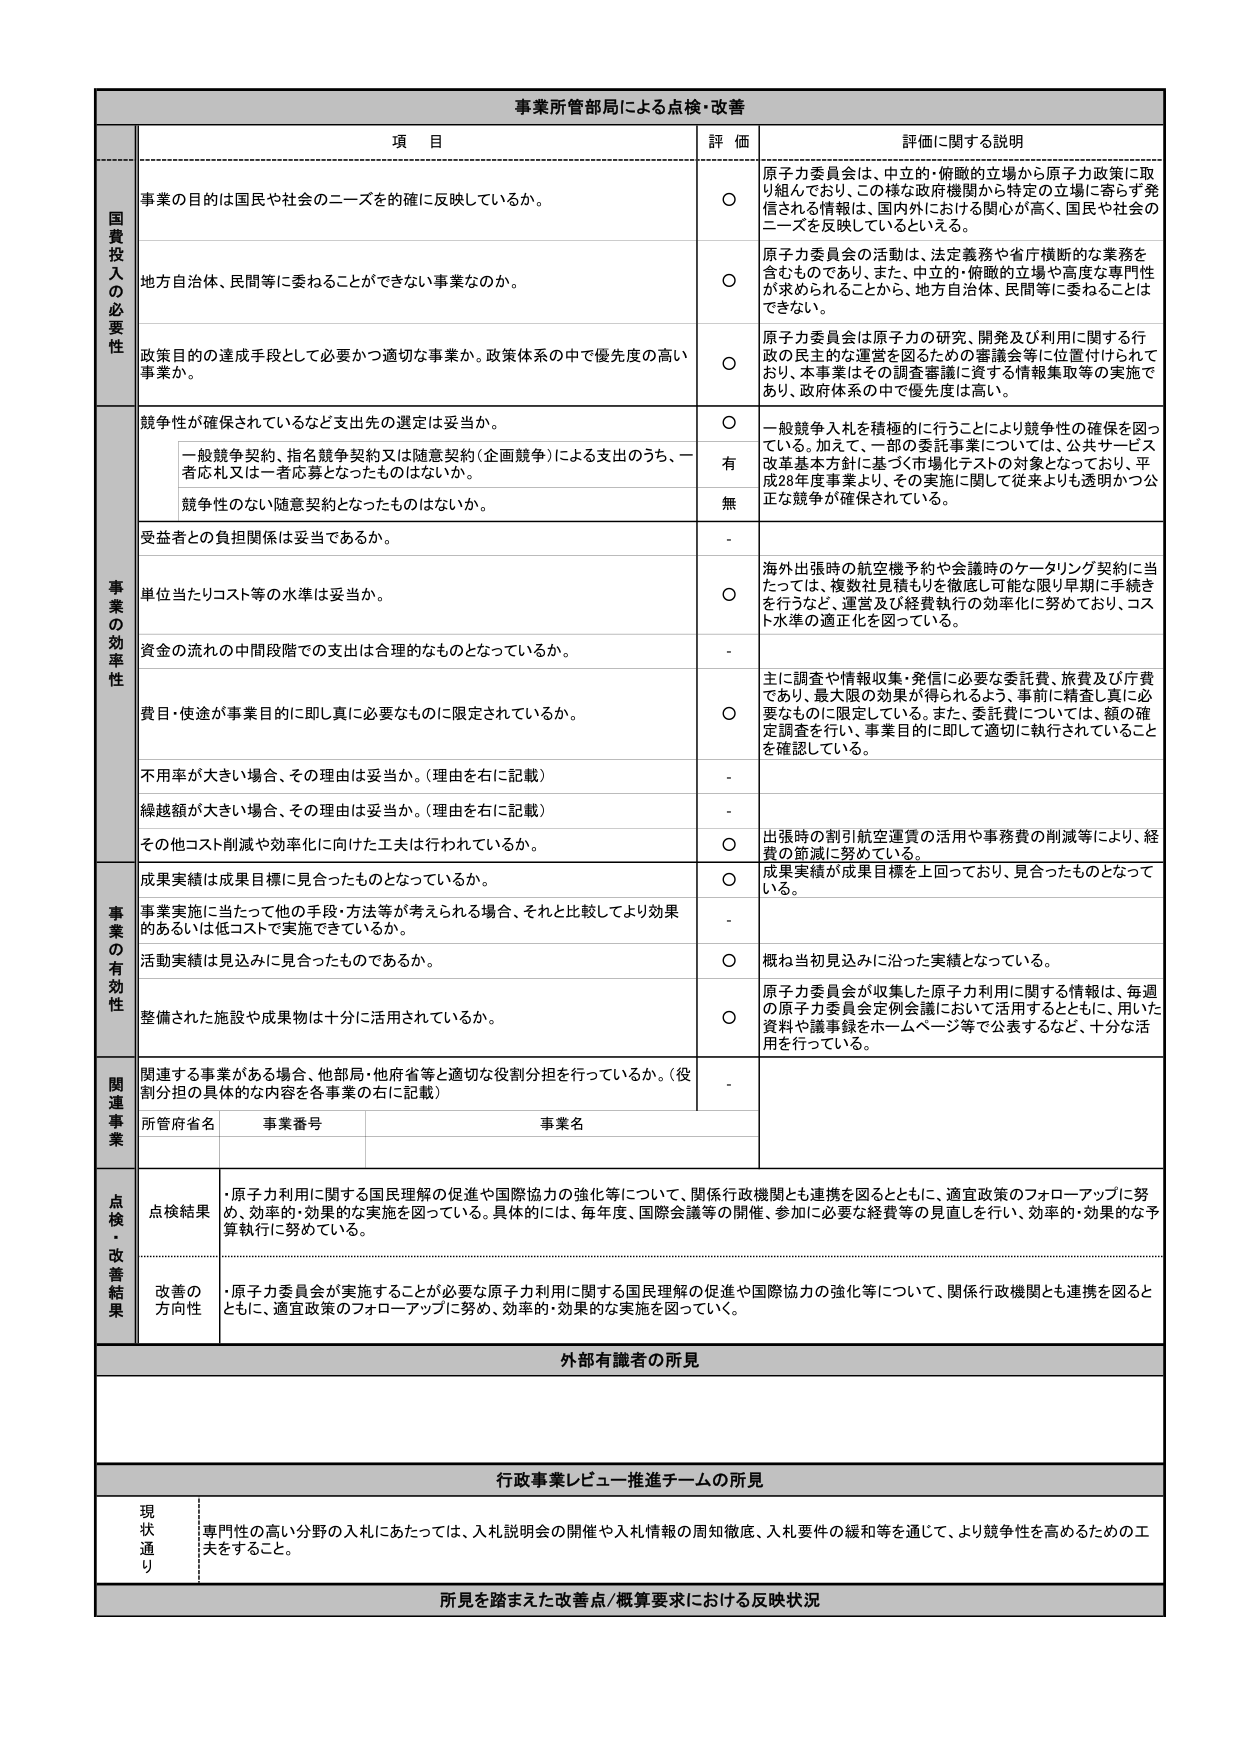
事業所管部局による点検・改善

項 目 評 価 評価に関する説明

国費投入の必要性
事業の目的は国民や社会のニーズを確に反映しているか。
○ 原子力委員会は、中立的・俯瞰的立場から原子力政策に取り組んでおり、この様な政府機関から特定の立場に寄らず発信される情報は、国内外における関心が高く、国民や社会のニーズを反映しているといえる。

地方自治体、民間等に委ねることができない事業なのか。
○ 原子力委員会の活動は、法定義務や省庁横断的な業務を含むものであり、また、中立的・俯瞰的立場や高度な専門性が求められることから、地方自治体、民間等に委ねることはできない。

政策目的の達成手段として必要かつ適切な事業か。政策体系の中で優先度の高い事業か。
○ 原子力委員会は原子力の研究、開発及び利用に関する行政の民主的な運営を図るための審議会等に位置付けられており、本事業はその調査審議に資する情報集取等の実施であり、政府体系の中で優先度は高い。

事業の効率性
競争性が確保されているなど支出先の選定は妥当か。
○ 一般競争入札を積極的に行うことにより競争性の確保を図っている。加えて、一部の委託事業については、公共サービス改革基本方針に基づく市場化テストの対象となっており、平成28年度事業より、その実施に関して従来よりも透明かつ公正な競争が確保されている。
一般競争契約、指名競争契約又は随意契約（企画競争）による支出のうち、一者応札又は一者応募となっているものはないか。
有
競争性のない随意契約となったものはないか。
無

受益者との負担関係は妥当であるか。
- 海外出張時の航空機予約や会議時のケータリング契約に当たっては、複数社見積もりを徹底し可能な限り早期に手続きを行うなど、運営及び経費執行の効率化に努めており、コスト水準の適正化を図っている。

単位当たりコスト等の水準は妥当か。
○

資金の流れの中間段階での支出は合理的なものとなっているか。
- 主に調査や情報収集・発信に必要な委託費、旅費及び庁費であり、最大限の効果が得られるよう、事前に精査し真に必要なものに限定している。また、委託費については、額の確定調査を行い、事業目的に即して適切に執行されていることを確認している。

費目・使途が事業目的に即し真に必要なものに限定されているか。
○

不用率が大きい場合、その理由は妥当か。（理由を右に記載）
-

繰越額が大きい場合、その理由は妥当か。（理由を右に記載）
-

その他コスト削減や効率化に向けた工夫は行われているか。
○ 出張時の割引航空運賃の活用や事務費の削減等により、経費の節減に努めている。

事業の有効性
成果実績は成果目標に見合ったものとなっているか。
○ 成果実績が成果目標を上回っており、見合ったものとなっている。

事業実施に当たって他の手段・方法等が考えられる場合、それと比較してより効果的あるいは低コストで実施できているか。
-

活動実績は見込みに見合ったものであるか。
○ 概ね当初見込みに沿った実績となっている。

整備された施設や成果物は十分に活用されているか。
○ 原子力委員会が収集した原子力利用に関する情報は、毎週の原子力委員会定例会議において活用するとともに、用いた資料や議事録をホームページ等で公表するなど、十分な活用を行っている。

関連事業
関連する事業がある場合、他部局・他府省等と適切な役割分担を行っているか。（役割分担の具体的な内容を各事業の右に記載）
-

所管府省名 事業番号 事業名

点検・改善結果
点検結果
・原子力利用に関する国民理解の促進や国際協力の強化等について、関係行政機関とも連携を図るとともに、適宜政策のフォローアップに努め、効率的・効果的な実施を図っている。具体的には、毎年度、国際会議等の開催、参加に必要な経費等の見直しを行い、効率的・効果的な予算執行に努めている。

改善の方向性
・原子力委員会が実施することが必要な原子力利用に関する国民理解の促進や国際協力の強化等について、関係行政機関とも連携を図るとともに、適宜政策のフォローアップに努め、効率的・効果的な実施を図っていく。

外部有識者の所見

行政事業レビュー推進チームの所見
現状通り
専門性の高い分野の入札にあたっては、入札説明会の開催や入札情報の周知徹底、入札要件の緩和等を通じて、より競争性を高めるための工夫をすること。

所見を踏まえた改善点/概算要求における反映状況